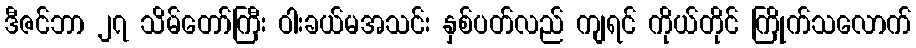
ဒီဇင်ဘာ ၂၇ သိမ်တော်ကြီး ဝါးခယ်မအသင်း နှစ်ပတ်လည် ကျရင် ကိုယ်တိုင် ကြိုက်သလောက်